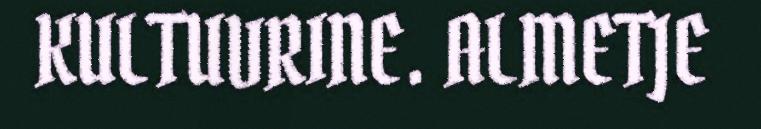
KULTUVRINE. ALMETJE